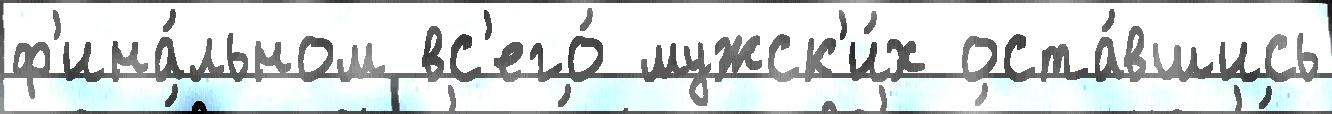
ф'ина́льном вс'его́ мужск'и́х оста́вшись